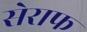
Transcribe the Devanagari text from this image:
सेराफ